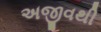
અજીવથી